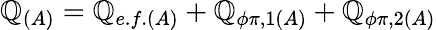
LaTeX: \mathbb{Q}_{(A)}=\mathbb{Q}_{e.f.(A)}+\mathbb{Q}_{\phi\pi,1(A)}+\mathbb{Q}_{\phi\pi,2(A)}